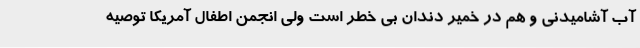
آب آشامیدنی و هم در خمیر دندان بی خطر است ولی انجمن اطفال آمریکا توصیه